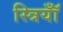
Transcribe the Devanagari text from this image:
स्त्रियॉँ